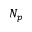
N _ { p }